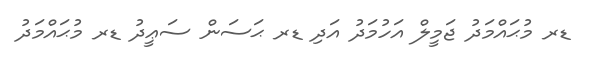
ޑރ މުޙައްމަދު ޖަމީލް އަހުމަދު އަދި ޑރ ޙަސަން ސަޢީދު ޑރ މުޙައްމަދު